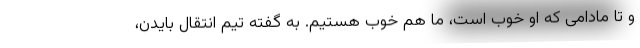
و تا مادامی که او خوب است، ما هم خوب هستیم. به گفته تیم انتقال بایدن،